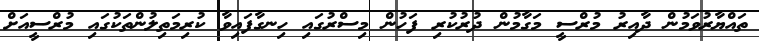
ތައްޔާރުވަމުން ދާއިރު މުރްސީ މަގާމުން ދުރުކުރި ފަހުން މިސްރުގައި ހިނގާފައިވާ ކުރިމަތިލުންތަކުގައި މުރްސީއަށް